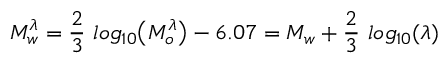
M _ { w } ^ { \lambda } = \frac { 2 } { 3 } ~ l o g _ { 1 0 } \big ( M _ { o } ^ { \lambda } \big ) - 6 . 0 7 = M _ { w } + \frac { 2 } { 3 } ~ l o g _ { 1 0 } ( \lambda )